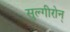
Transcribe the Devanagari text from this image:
सुल्गीरोन्